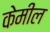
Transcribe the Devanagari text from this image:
केमील